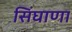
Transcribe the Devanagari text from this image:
सिंघाणा